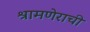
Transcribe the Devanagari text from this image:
श्रामणेराची